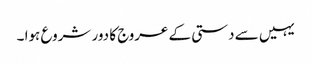
یہیں سے دستی کے عروج کا دور شروع ہوا ۔